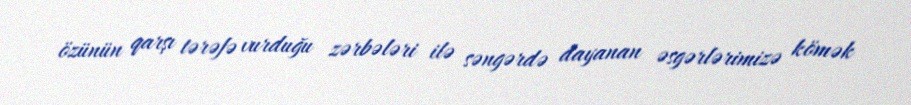
özünün qarşı tərəfə vurduğu zərbələri ilə səngərdə dayanan əsgərlərimizə kömək